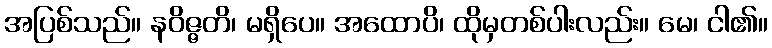
အပြစ်သည်။ နဝိဇ္ဇတိ၊ မရှိပေ။ အထောပိ၊ ထိုမှတစ်ပါးလည်း။ မေ၊ ငါ၏။